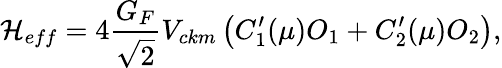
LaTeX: {{\cal H}_{eff}}=4\frac{G_{F}}{\sqrt 2}V_{ckm}\left(C_{1}^{\prime}(\mu)O_{1}+C_{2}^{\prime}(\mu)O_{2}\right),